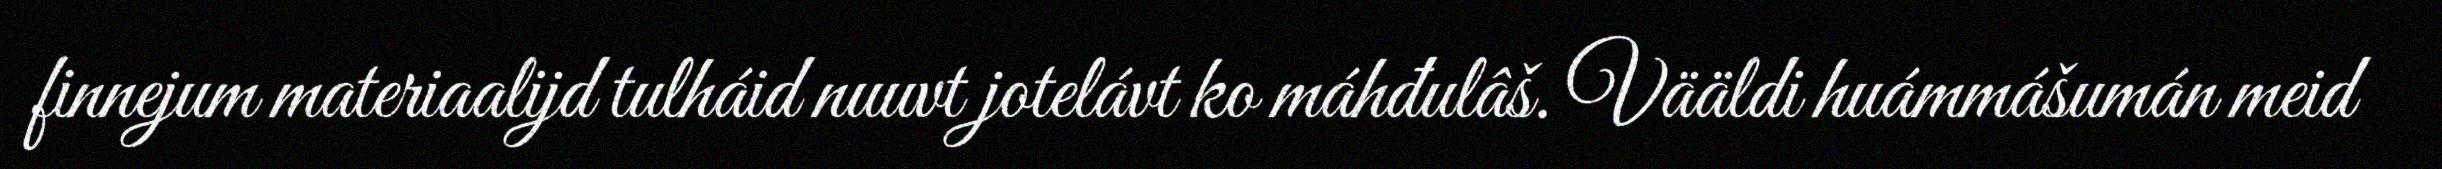
finnejum materiaalijd tulháid nuuvt jotelávt ko máhđulâš. Vääldi huámmášumán meid